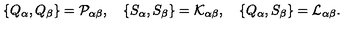
\left\{ Q _ { \alpha } , Q _ { \beta } \right\} = { \cal P } _ { \alpha \beta } , \quad \left\{ S _ { \alpha } , S _ { \beta } \right\} = { \cal K } _ { \alpha \beta } , \quad \left\{ Q _ { \alpha } , S _ { \beta } \right\} = { \cal L } _ { \alpha \beta } .